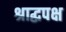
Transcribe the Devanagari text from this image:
श्राद्धपक्ष